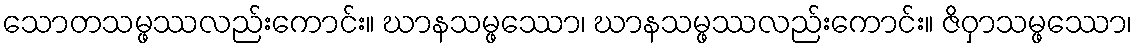
သောတသမ္ဖဿလည်းကောင်း။ ဃာနသမ္ဖဿော၊ ဃာနသမ္ဖဿလည်းကောင်း။ ဇိဝှာသမ္ဖဿော၊